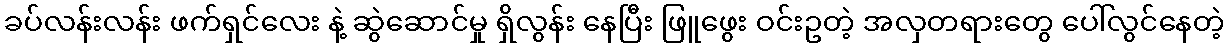
ခပ်လန်းလန်း ဖက်ရှင်လေး နဲ့ ဆွဲဆောင်မှု ရှိလွန်း နေပြီး ဖြူဖွေး ဝင်းဥတဲ့ အလှတရားတွေ ပေါ်လွင်နေတဲ့